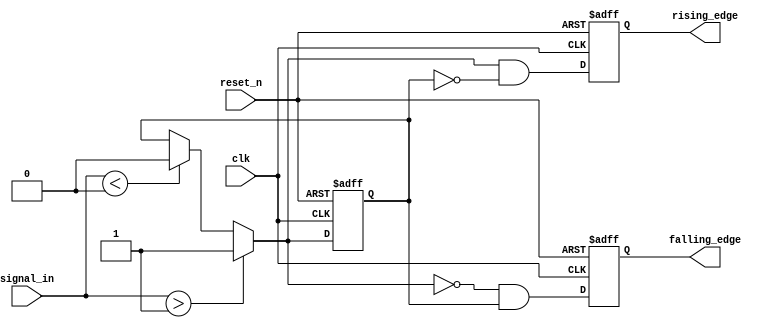
module schmitt_trigger_edge_detector (
    input wire clk,            // Clock input
    input wire reset_n,       // Active low reset
    input wire signal_in,      // Input signal to be monitored
    output reg rising_edge,    // Output pulse for rising edge
    output reg falling_edge    // Output pulse for falling edge
);

    // Parameters for Schmitt Trigger thresholds
    parameter THRESHOLD_H = 1; // Example threshold for high
    parameter THRESHOLD_L = 0;  // Example threshold for low

    // State variables
    reg signal_in_prev;        // Previous state of the input signal

    // Schmitt Trigger Logic (simplified)
    wire signal_in_filtered;
    assign signal_in_filtered = (signal_in > THRESHOLD_H) ? 1'b1 : 
                                 (signal_in < THRESHOLD_L) ? 1'b0 : 
                                 signal_in_prev; // Maintain previous state if in between

    // Edge detection logic
    always @(posedge clk or negedge reset_n) begin
        if (!reset_n) begin
            signal_in_prev <= 1'b0; // Initialize previous state to low
            rising_edge <= 1'b0;
            falling_edge <= 1'b0;
        end else begin
            // Edge detection
            rising_edge <= (signal_in_filtered && !signal_in_prev); // Rising edge detected
            falling_edge <= (!signal_in_filtered && signal_in_prev); // Falling edge detected
            
            // Update previous state
            signal_in_prev <= signal_in_filtered;
        end
    end

endmodule